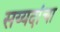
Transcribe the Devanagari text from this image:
सय्यदांचा